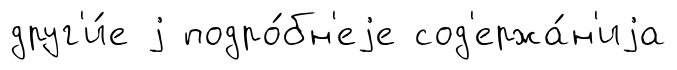
друг'и́е j подро́бн'еjе сод'ержа́н'иjа